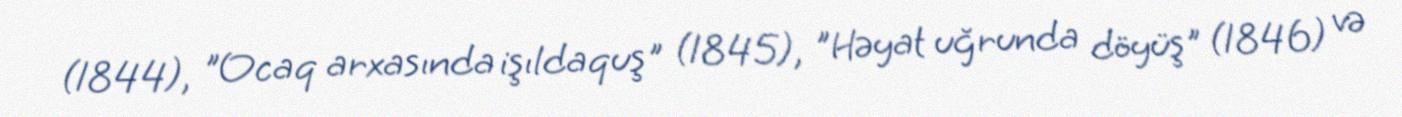
(1844), "Ocaq arxasında işıldaquş" (1845), "Həyat uğrunda döyüş" (1846) və